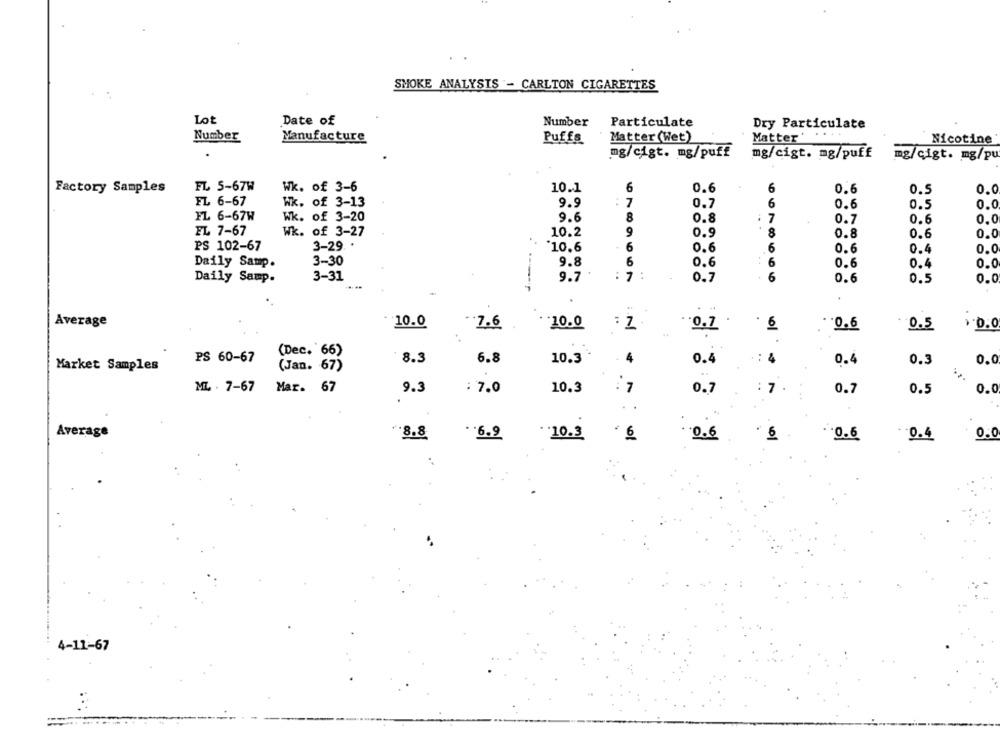
SMOKE ANALYSIS - CARLTON CIGARETTES
Lot
Date of
Number
Particulate
Dry Particulate
Matter" . ...
Number
Manufacture
Puffs
Matter (Wet)
Nicotine
mg/cigt. mg/puff
mg/cigt. mg/puff
mg/cigt. mg/pu
FL 5-67W
Wk. of 3-6
6
0.6
6
Factory Samples
10.1
0.6
0.5
0.
FL 6-67
Wk. of 3-13
9.9
7
6
0.7
0.6
0.5
0.0
FL 6-67W
Wk. of 3-20
9.6
8
0.8
7
0.7
0.6
0.0
EL 7-67
Wk. of 3-27
10.2
9
0.9
8
0.8
0.0
0.6
PS 102-67
3-29. *
10.6
6
6
0.6
0.0
0.6
0.4
3-30
9.8
6
0.6
6
0.6
0.4
0.0
Daily Samp.
3-31
9.7
:
7
0.7
6
0.6
0.5
Daily Samp.
Average
10.0
*7.6
10.0
: 1
0.7
· 6
-0.6
0.5
(Dec. 66)
PS 60-67
8.3
6.8
10.3
4
: 4
0.4
0.3
0.0
Market Samples
(Jan. 67)
0.4
ML . 7-67
Mar. 67
9.3
: 7.0
10.3
:7
0.7
: 7
0.7
0.5
0.0
Average
8.8
. 6.9
0.0
.- 10.3
₹ 6
0.6
0.6
0.4
4-11-67